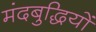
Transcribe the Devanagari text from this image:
मंदबुद्धियों